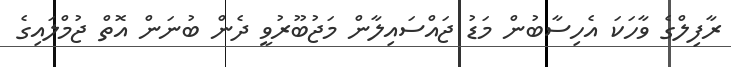
ރާފިލްގެ ވާހަކަ އެހިސާބުން މަޑު ޖައްސައިލާން މަޖުބޫރުވީ ދެން ބުނަން އޮތް ޖުމްލައިގެ